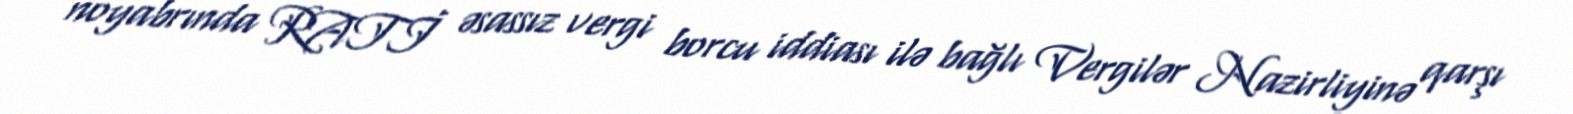
noyabrında RATİ əsassız vergi borcu iddiası ilə bağlı Vergilər Nazirliyinə qarşı